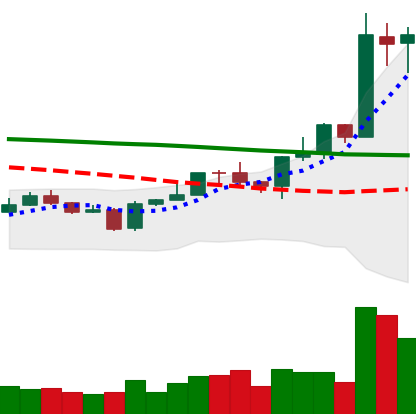
Ticker: EOS-USD
Chart end date: 2020-01-16
Forward return: -4.404%
Label: down_3_5